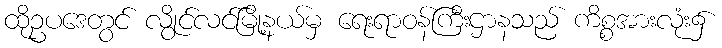
ထိုဥပဒေတွင် လွိုင်လင်မြို့နယ်မှ ရေးရာဝန်ကြီးဌာနသည် ကိစ္စအားလုံး၌